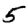
Digit: 5